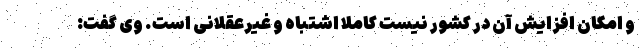
و امکان افزایش آن در کشور نیست کاملا اشتباه و غیرعقلانی است. وی گفت: